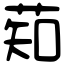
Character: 䓡